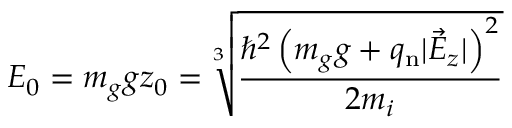
E _ { 0 } = m _ { g } g z _ { 0 } = \sqrt [ 3 ] { \frac { \hbar ^ { 2 } \left( m _ { g } g + q _ { \mathrm { n } } | \vec { E } _ { z } | \right) ^ { 2 } } { 2 m _ { i } } }